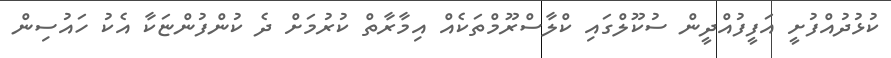
ކުޅުދުއްފުށީ އަފީފުއްދީން ސުކޫލްގައި ކްލާސްރޫމްތަކެއް އިމާރާތް ކުރުމަށް ދެ ކުންފުންޏަކާ އެކު ހައުސިން